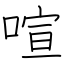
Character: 喧